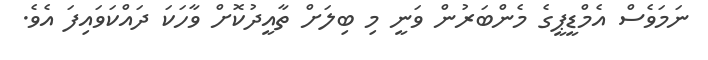
ނަމަވެސް އެމްޑީޕީގެ މެންބަރުން ވަނީ މި ބިލަށް ތާއީދުކޮށް ވާހަކަ ދައްކަވައިފަ އެވެ.